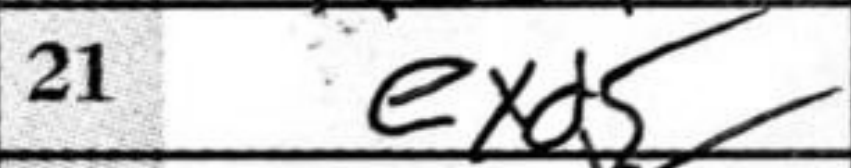
Transcription: exd5